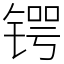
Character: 锷